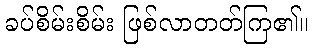
ခပ်စိမ်းစိမ်း ဖြစ်လာတတ်ကြ၏။